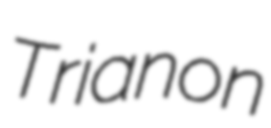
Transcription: Trianon